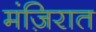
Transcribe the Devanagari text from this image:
मंज़िरात